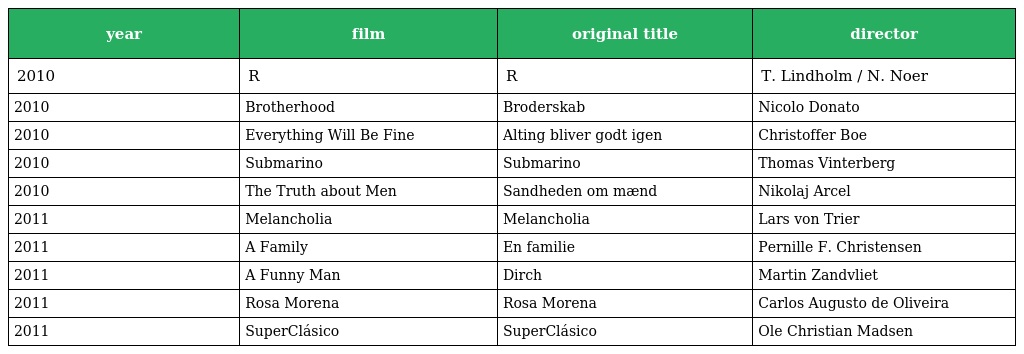
| year | film | original title | director |
 | --- | --- | --- | --- |
 | 2010 | R | R | T. Lindholm / N. Noer |
 | 2010 | Brotherhood | Broderskab | Nicolo Donato |
 | 2010 | Everything Will Be Fine | Alting bliver godt igen | Christoffer Boe |
 | 2010 | Submarino | Submarino | Thomas Vinterberg |
 | 2010 | The Truth about Men | Sandheden om mænd | Nikolaj Arcel |
 | 2011 | Melancholia | Melancholia | Lars von Trier |
 | 2011 | A Family | En familie | Pernille F. Christensen |
 | 2011 | A Funny Man | Dirch | Martin Zandvliet |
 | 2011 | Rosa Morena | Rosa Morena | Carlos Augusto de Oliveira |
 | 2011 | SuperClásico | SuperClásico | Ole Christian Madsen |